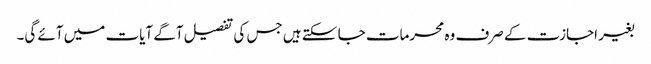
بغیر اجازت کے صرف وہ محرمات جا سکتے ہیں جس کی تفصیل آگے آیات میں آئے گی۔